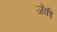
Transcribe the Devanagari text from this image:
जेंकी